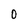
Character: O